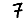
Digit: 7